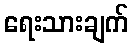
ရေးသားချက်